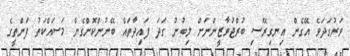
ވަރުގަދަވެ އޭގެން އިނގިރޭސި ބުރްޖުވާޒީންނަށް ލިބުނު ގަދަ ފައިދާތައް ބޭނުންކޮށްގެން މަސައްކަތު ފަންތީގެ